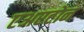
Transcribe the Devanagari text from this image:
एअरटोन